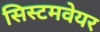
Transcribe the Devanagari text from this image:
सिस्टमवेयर